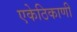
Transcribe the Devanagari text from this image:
एकेठिकाणी